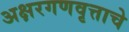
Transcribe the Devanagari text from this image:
अक्षरगणवृत्ताचे